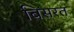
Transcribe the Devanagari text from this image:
बिसरत